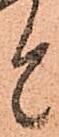
と